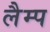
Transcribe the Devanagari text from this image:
लैम्‍प